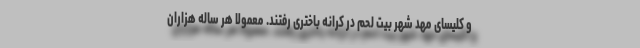
و کلیسای مهد شهر بیت لحم در کرانه باختری رفتند. معمولا هر ساله هزاران